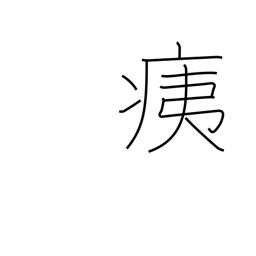
Meaning: injury